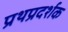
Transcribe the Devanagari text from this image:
प्रथप्रदर्शक